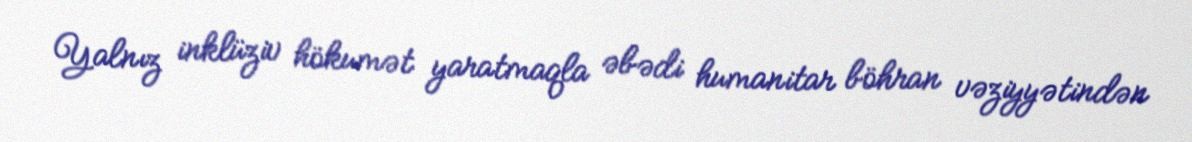
Yalnız inklüziv hökumət yaratmaqla əbədi humanitar böhran vəziyyətindən